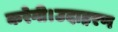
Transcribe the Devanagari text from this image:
करेगी।उदाहरण